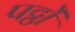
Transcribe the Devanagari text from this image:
पट्ठों